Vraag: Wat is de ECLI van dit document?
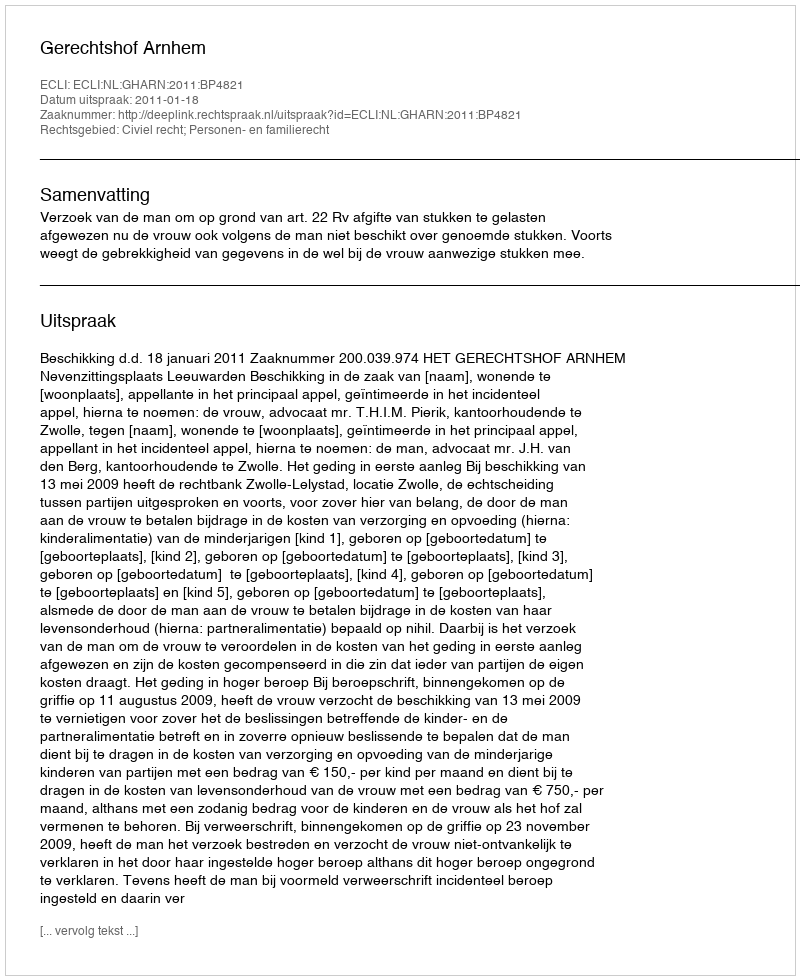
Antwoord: ECLI:NL:GHARN:2011:BP4821